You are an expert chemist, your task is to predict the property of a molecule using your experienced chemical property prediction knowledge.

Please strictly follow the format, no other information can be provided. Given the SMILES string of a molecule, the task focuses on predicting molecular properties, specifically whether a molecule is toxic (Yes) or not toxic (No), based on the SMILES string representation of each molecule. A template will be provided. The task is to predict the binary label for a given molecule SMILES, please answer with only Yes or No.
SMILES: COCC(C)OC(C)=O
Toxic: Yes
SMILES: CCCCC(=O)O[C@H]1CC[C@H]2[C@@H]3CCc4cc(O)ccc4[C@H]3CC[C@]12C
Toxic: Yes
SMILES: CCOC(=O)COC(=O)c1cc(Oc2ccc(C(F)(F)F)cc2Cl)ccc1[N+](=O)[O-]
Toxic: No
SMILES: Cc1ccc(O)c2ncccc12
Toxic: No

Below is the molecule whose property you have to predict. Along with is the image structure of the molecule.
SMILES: CCCCOC(=O)c1ccccc1C(=O)OCCCC
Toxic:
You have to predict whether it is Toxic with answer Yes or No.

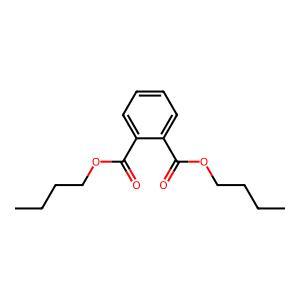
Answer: No